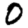
Digit: 0